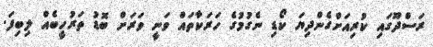
ރަސްދޫގައި ކުރިއަށްގެންދިޔަ ކޯޑި ނެގުމުގެ ހަރަކާތައް ވަނީ ވަރަށް ބޮޑު ތަރުހީބެއް ލިބިފަ.